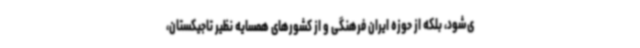
ی‌شود، بلکه از حوزه ایران فرهنگی و از کشورهای همسایه نظیر تاجیکستان،